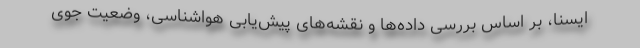
ایسنا، بر اساس بررسی داده‌ها و نقشه‌های پیش‌یابی هواشناسی، وضعیت جوی